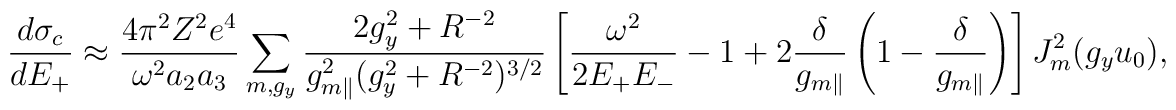
\frac{d\sigma _c}{dE_{+}}\approx \frac{4\pi ^2Z^2e^4}{\omega ^2a_2a_3 }\sum_{m,g_y}\frac{2g_{y}^2+R^{-2}}{g_{m\parallel}^2(g_y^2+R^{-2})^{3/2}}\left[\frac{\omega ^2 }{2E_{+}E_{-}}-1+2\frac{\delta}{g_{m\parallel}}\left( 1-\frac{\delta }{g_{m\parallel}} \right)\right] J_{m}^{2}(g_yu_{0}),